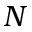
N